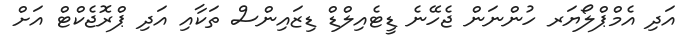
އަދި އެމްޕްލޯޔަރ ހުންނަން ޖެހޭނެ ޑީޓެއިލްޑް ޑިޒައިންސް ތަކާއި އަދި ޕްރޮޖެކްޓް އަށް